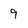
Character: 9